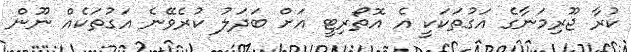
ކުރާ ޖޫރިމަނާގެ އަގުތަކަކީ އެ އޮތޯރިޓީ އަށް ބަދަލު ކުރެވޭނެ އަގުތަކެއް ނޫން